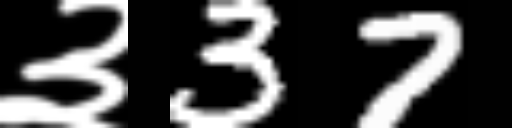
Text: ३37